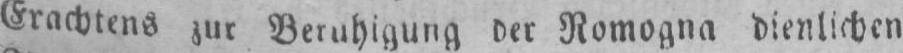
Erachtens zur Beruhigung der Romogna dienlichen